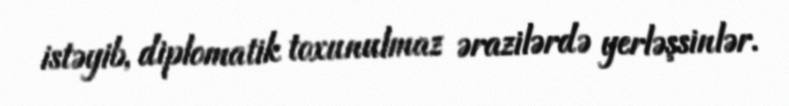
istəyib, diplomatik toxunulmaz ərazilərdə yerləşsinlər.